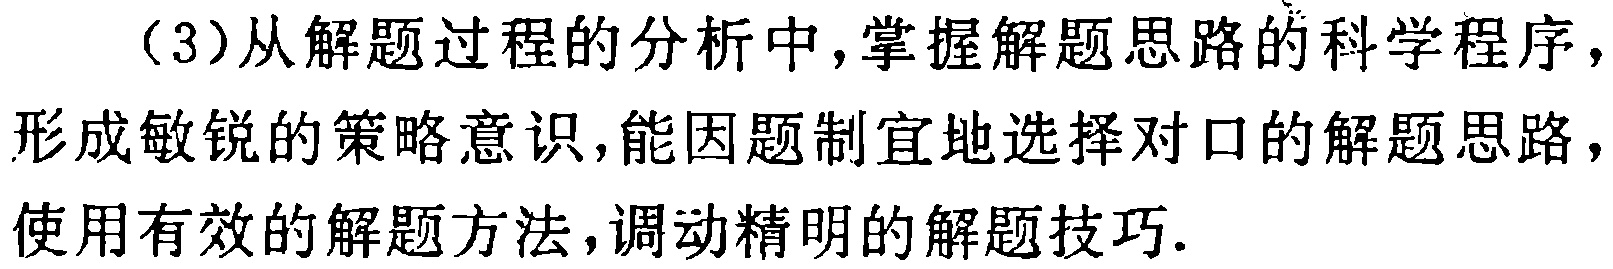
（3）从解题过程的分析中,掌握解题思路的科学程序，形成敏锐的策略意识,能因题制宜地选择对口的解题思路，使用有效的解题方法,调动精明的解题技巧.